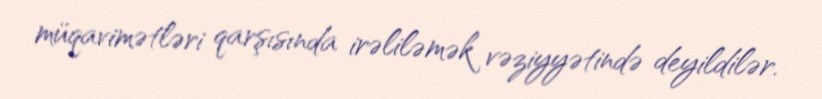
müqavimətləri qarşısında irəliləmək vəziyyətində deyildilər.